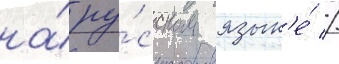
на́ ру́сском язык'е́ //